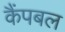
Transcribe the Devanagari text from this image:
कैंपबल